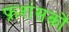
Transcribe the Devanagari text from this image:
फ्रशंसकों